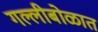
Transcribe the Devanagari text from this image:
गल्लीबोळात